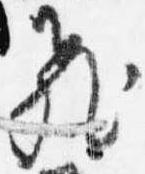
飛